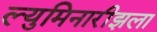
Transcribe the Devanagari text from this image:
ल्युमिनारीझला